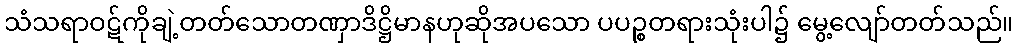
သံသရာဝဋ်ကိုချဲ့တတ်သောတဏှာဒိဋ္ဌိမာနဟုဆိုအပသော ပပဉ္စတရားသုံးပါ၌ မွေ့လျော်တတ်သည်။